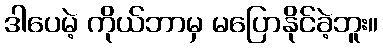
ဒါပေမဲ့ ကိုယ်ဘာမှ မပြောနိုင်ခဲ့ဘူး။